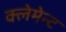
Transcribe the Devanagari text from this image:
क्लेमेन्ट